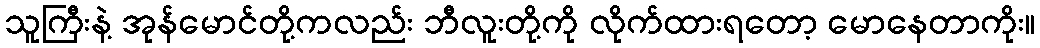
သူကြီးနဲ့ အုန်မောင်တို့ကလည်း ဘီလူးတို့ကို လိုက်ထားရတော့ မောနေတာကိုး။